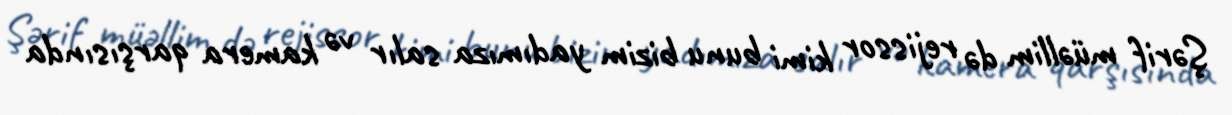
Şərif müəllim də rejissor kimi bunu bizim yadımıza salır və kamera qarşısında